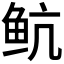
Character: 𱇘